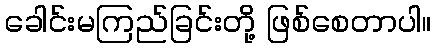
ခေါင်းမကြည်ခြင်းတို့ ဖြစ်စေတာပါ။